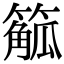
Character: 䉉